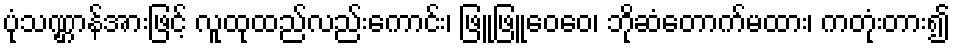
ပုံသဏ္ဌာန်အားဖြင့် လူထုထည်လည်းကောင်း၊ ဖြူဖြူဝေဝေ၊ ဘိုဆံတောက်မထား၊ ကတုံးတား၍